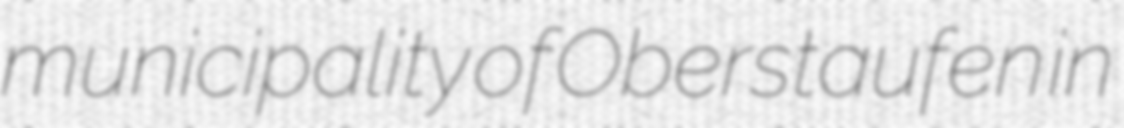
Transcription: municipality of Oberstaufen in